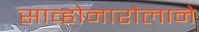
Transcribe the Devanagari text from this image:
साव्होनारोलाने